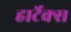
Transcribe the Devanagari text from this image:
हार्टेक्स